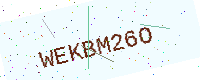
Text: WEKBM26O